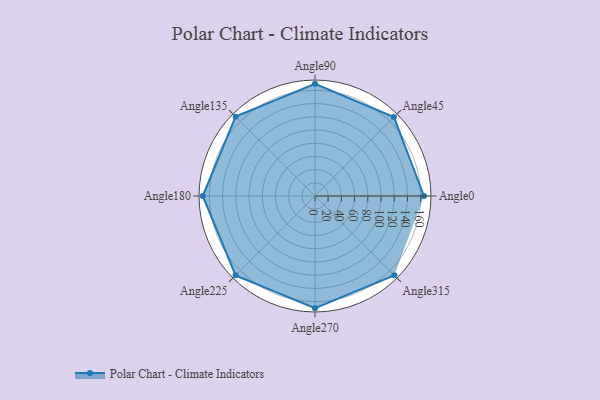
{"axis": {"x": "Angle", "y": "Radius"}, "legend": [""], "data": [{"x": "Angle0", "y": 165.0, "type": ""}, {"x": "Angle45", "y": 169.0, "type": ""}, {"x": "Angle90", "y": 170, "type": ""}, {"x": "Angle135", "y": 170, "type": ""}, {"x": "Angle180", "y": 170, "type": ""}, {"x": "Angle225", "y": 170, "type": ""}, {"x": "Angle270", "y": 170, "type": ""}, {"x": "Angle315", "y": 170, "type": ""}]}